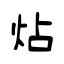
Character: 炶